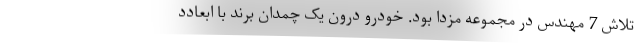
تلاش 7 مهندس در مجموعه مزدا بود. خودرو درون یک چمدان برند با ابعادد